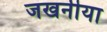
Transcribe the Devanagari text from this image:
जखनीया